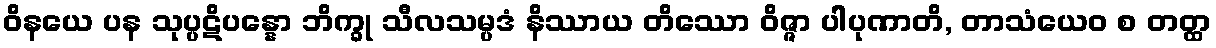
ဝိနယေ ပန သုပ္ပဋိပန္နော ဘိက္ခု သီလသမ္ပဒံ နိဿာယ တိဿော ဝိဇ္ဇာ ပါပုဏာတိ, တာသံယေဝ စ တတ္ထ